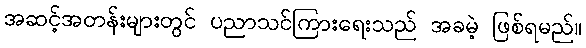
အဆင့်အတန်းများတွင် ပညာသင်ကြားရေးသည် အခမဲ့ ဖြစ်ရမည်။